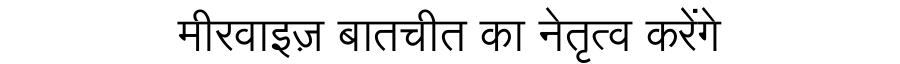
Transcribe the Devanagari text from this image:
मीरवाइज़ बातचीत का नेतृत्व करेंगे